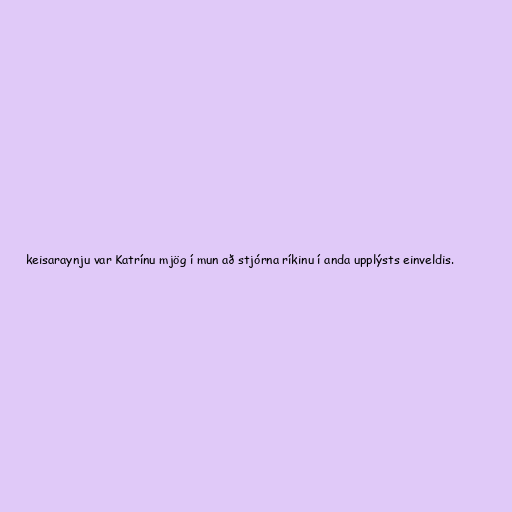
keisaraynju var Katrínu mjög í mun að stjórna ríkinu í anda upplýsts einveldis.